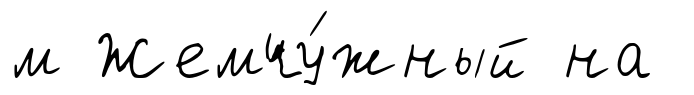
м Жемчу́жный на